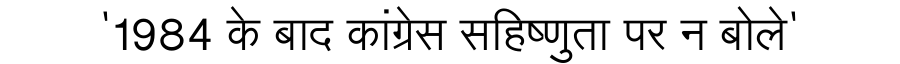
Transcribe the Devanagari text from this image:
'1984 के बाद कांग्रेस सहिष्णुता पर न बोले'